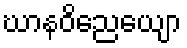
ဃာနဝိညေယျော